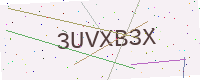
Text: 3UVXB3X